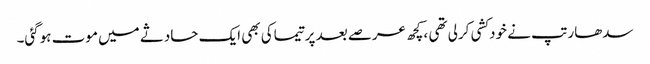
سدھارتپ نے خودکشی کرلی تھی ،کچھ عرصے بعد پرتیماکی بھی ایک حادثے میں موت ہوگئی۔